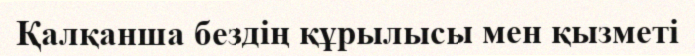
Қалқанша бездің құрылысы мен қызметі